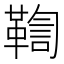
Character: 鞫